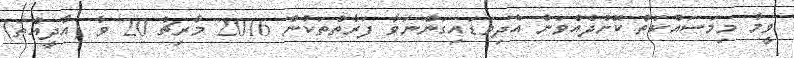
ވީމާ މިމަސައްކަތް ކޮށްދެއްވަން އެދިވަޑައިގަންނަވާ ފަރާތްތަކުން 2016 މާރިޗު 20 ވާ (އާދީއްތަ)